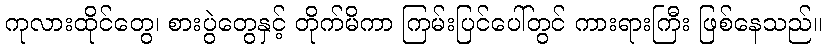
ကုလားထိုင်တွေ၊ စားပွဲတွေနှင့် တိုက်မိကာ ကြမ်းပြင်ပေါ်တွင် ကားရားကြီး ဖြစ်နေသည်။